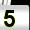
Digit: 5